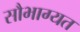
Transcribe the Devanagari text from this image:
सौभाग्यत